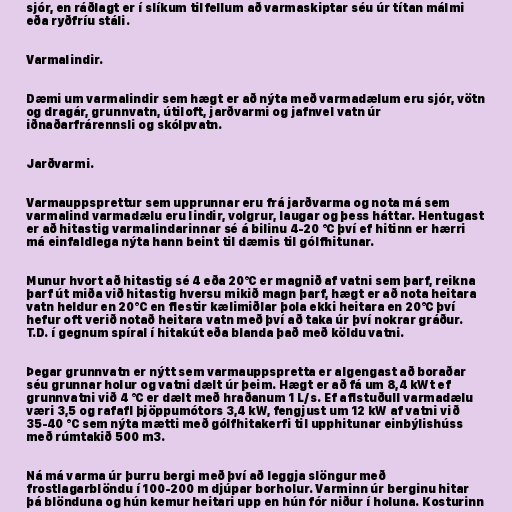
sjór, en ráðlagt er í slíkum tilfellum að varmaskiptar séu úr títan málmi
eða ryðfríu stáli.

Varmalindir.

Dæmi um varmalindir sem hægt er að nýta með varmadælum eru sjór, vötn
og dragár, grunnvatn, útiloft, jarðvarmi og jafnvel vatn úr
iðnaðarfrárennsli og skólpvatn.

Jarðvarmi.

Varmauppsprettur sem upprunnar eru frá jarðvarma og nota má sem
varmalind varmadælu eru lindir, volgrur, laugar og þess háttar. Hentugast
er að hitastig varmalindarinnar sé á bilinu 4-20 °C því ef hitinn er hærri
má einfaldlega nýta hann beint til dæmis til gólfhitunar.

Munur hvort að hitastig sé 4 eða 20°C er magnið af vatni sem þarf, reikna
þarf út miða við hitastig hversu mikið magn þarf, hægt er að nota heitara
vatn heldur en 20°C en flestir kælimiðlar þola ekki heitara en 20°C því
hefur oft verið notað heitara vatn með því að taka úr því nokrar gráður.
T.D. í gegnum spíral í hitakút eða blanda það með köldu vatni.

Þegar grunnvatn er nýtt sem varmauppspretta er algengast að boraðar
séu grunnar holur og vatni dælt úr þeim. Hægt er að fá um 8,4 kWt ef
grunnvatni við 4 °C er dælt með hraðanum 1 L/s. Ef aflstuðull varmadælu
væri 3,5 og rafafl þjöppumótors 3,4 kW, fengjust um 12 kW af vatni við
35-40 °C sem nýta mætti með gólfhitakerfi til upphitunar einbýlishúss
með rúmtakið 500 m3.

Ná má varma úr þurru bergi með því að leggja slöngur með
frostlagarblöndu í 100-200 m djúpar borholur. Varminn úr berginu hitar
þá blönduna og hún kemur heitari upp en hún fór niður í holuna. Kosturinn